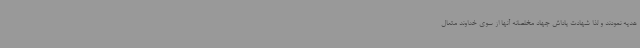
هدیه نمودند و لذا شهادت پاداش جهاد مخلصانه آنها از سوی خداوند متعال